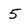
Character: 5